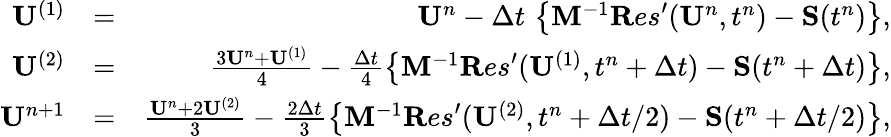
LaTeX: \begin{array}{rlr}{{\mathbf U}^{(1)}}&{=}&{{\mathbf U}^{n}-\Delta t\, \left\{ {\mathbf M}^{-1}{\mathbf Res}^{\prime}({\mathbf U}^{n},t^{n})-{\mathbf S}(t^{n})\right\} ,}\\ {{\mathbf U}^{(2)}}&{=}&{\frac{3{\mathbf U}^{n}+{\mathbf U}^{(1)}}{4}-\frac{\Delta t}{4}\left\{ {\mathbf M}^{-1}{\mathbf Res}^{\prime}({\mathbf U}^{(1)},t^{n}+\Delta t)-{\mathbf S}(t^{n}+\Delta t)\right\} ,}\\ {{\mathbf U}^{n+1}}&{=}&{\frac{{\mathbf U}^{n}+2{\mathbf U}^{(2)}}{3}-\frac{2\Delta t}{3}\left\{ {\mathbf M}^{-1}{\mathbf Res}^{\prime}({\mathbf U}^{(2)},t^{n}+\Delta t/2)-{\mathbf S}(t^{n}+\Delta t/2)\right\} ,}\end{array}